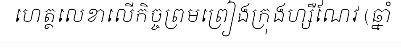
ហេត្ថលេខាលើកិច្ចព្រមព្រៀងក្រុងហ្សឺណែវ (ឆ្នាំ